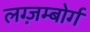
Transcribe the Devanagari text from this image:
लग्ज़म्बोर्ग